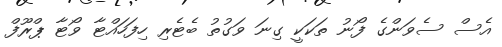
އެސް ސެވަންގެ ފޯނު ތަކަކީ ގިނަ ވަގުތު ބެޓެރި ހިފަހައްޓާ ވޯޓާ ޕްރޫފް